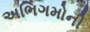
અભિગમોની